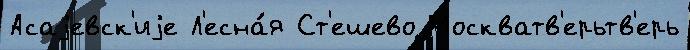
Асаjевск'иjе Л'есна́я Ст'ешево Москватв'ерьтв'ерь